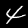
Label: 4